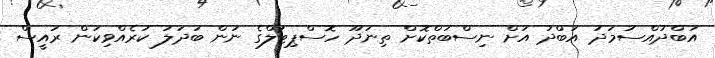
އަބްދުއްސަމަދު އަބްދު އަށް ނިސްބަތްކޮށް ތިނަދޫ ހޮސްޕިޓަލްގެ ނަން ބަދަލު ކުރެއްވިކަން ރައީސް